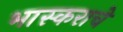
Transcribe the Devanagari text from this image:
भास्कराचे